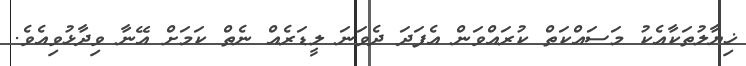
ޚިޔާލުތަކާއެކު މަސައްކަތް ކުރައްވަން އެފަދަ ދެވަނަ ލީޑަރެއް ނެތް ކަމަށް އޭނާ ވިދާޅުވިއެވެ.